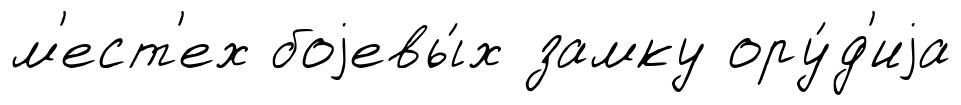
м'ест'ех боjевы́х замку ору́д'иjа